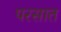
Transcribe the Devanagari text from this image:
परसात